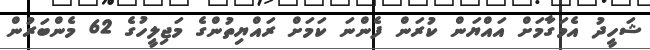
ޝަހީދު އެމަގާމަށް އައްޔަން ކުރަން ފެންނަ ކަމަށް ރައްޔިތުންގެ މަޖިލީހުގެ 62 މެންބަރުން